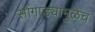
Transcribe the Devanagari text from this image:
सोंगाड्यामुळेच